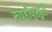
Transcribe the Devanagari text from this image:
रुपहीपुखुरी